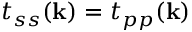
t _ { s s } ( \mathbf { k } ) = t _ { p p } ( \mathbf { k } )